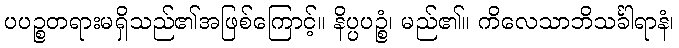
ပပဉ္စတရားမရှိသည်၏အဖြစ်ကြောင့်။ နိပ္ပပဉ္စံ၊ မည်၏။ ကိလေသာဘိသင်္ခါရာနံ၊